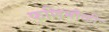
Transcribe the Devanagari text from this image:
फणिमौळीः